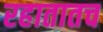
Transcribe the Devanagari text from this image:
रहातातच